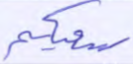
سعيكم